Source: Handwritten
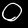
Digit: ၀ (0)